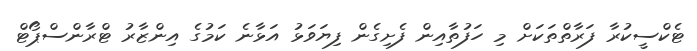
ޓެކްސީކުރާ ފަރާތްތަކަށް މި ހަފުތާއިން ފެށިގެން ފިޔަވަޅު އަޅާނެ ކަމުގެ އިންޒާރު ޓްރާންސްޕޯޓް